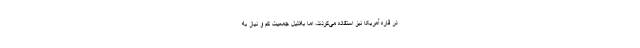
در قاره آمریکا نیز استفاده می‌کردند، اما به‌دلیل جمعیت کم و نیاز به